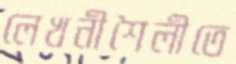
লেখনীশৈলীতে